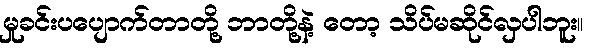
မှုခင်းပပျောက်တာတို့ ဘာတို့နဲ့ တော့ သိပ်မဆိုင်လှပါဘူး။